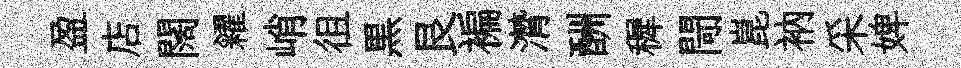
盈店闊糴峭徂黒艮褊潸酬穉閜崑衲采婢